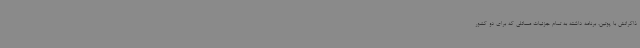
ذاکراتش با پوتین، برنامه داشته به تمام جزئیات مسائلی که برای دو کشور